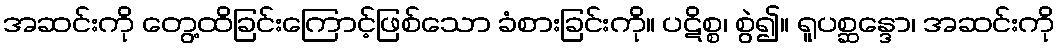
အဆင်းကို တွေ့ထိခြင်းကြောင့်ဖြစ်သော ခံစားခြင်းကို။ ပဋိစ္စ၊ စွဲ၍။ ရူပစ္ဆန္ဒော၊ အဆင်းကို